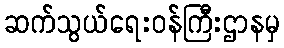
ဆက်သွယ်ရေးဝန်ကြီးဌာနမှ